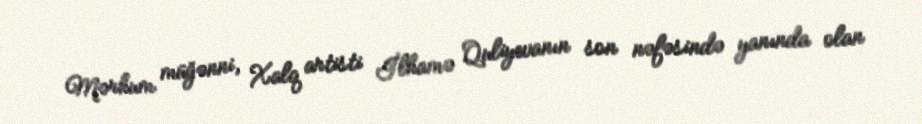
Mərhum müğənni, Xalq artisti İlhamə Quliyevanın son nəfəsində yanında olan